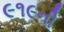
૯૧૯ની